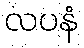
လပနံ